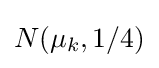
N(\mu _{k},1/4)